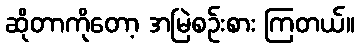
ဆိုတာကိုတော့ အမြဲစဉ်းစား ကြတယ်။